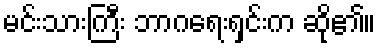
မင်းသားကြီး ဘာဂရေးရှင်းက ဆို၏။